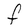
Character: F